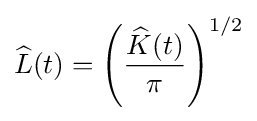
{\widehat {L}}(t)=\left({\frac {{\widehat {K}}(t)}{\pi }}\right)^{1/2}